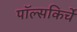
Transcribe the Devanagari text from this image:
पॉल्सकिर्चे